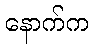
နောက်က